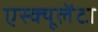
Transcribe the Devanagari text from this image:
एस्क्यूलेंटा